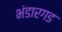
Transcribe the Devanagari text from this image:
भंडारगड